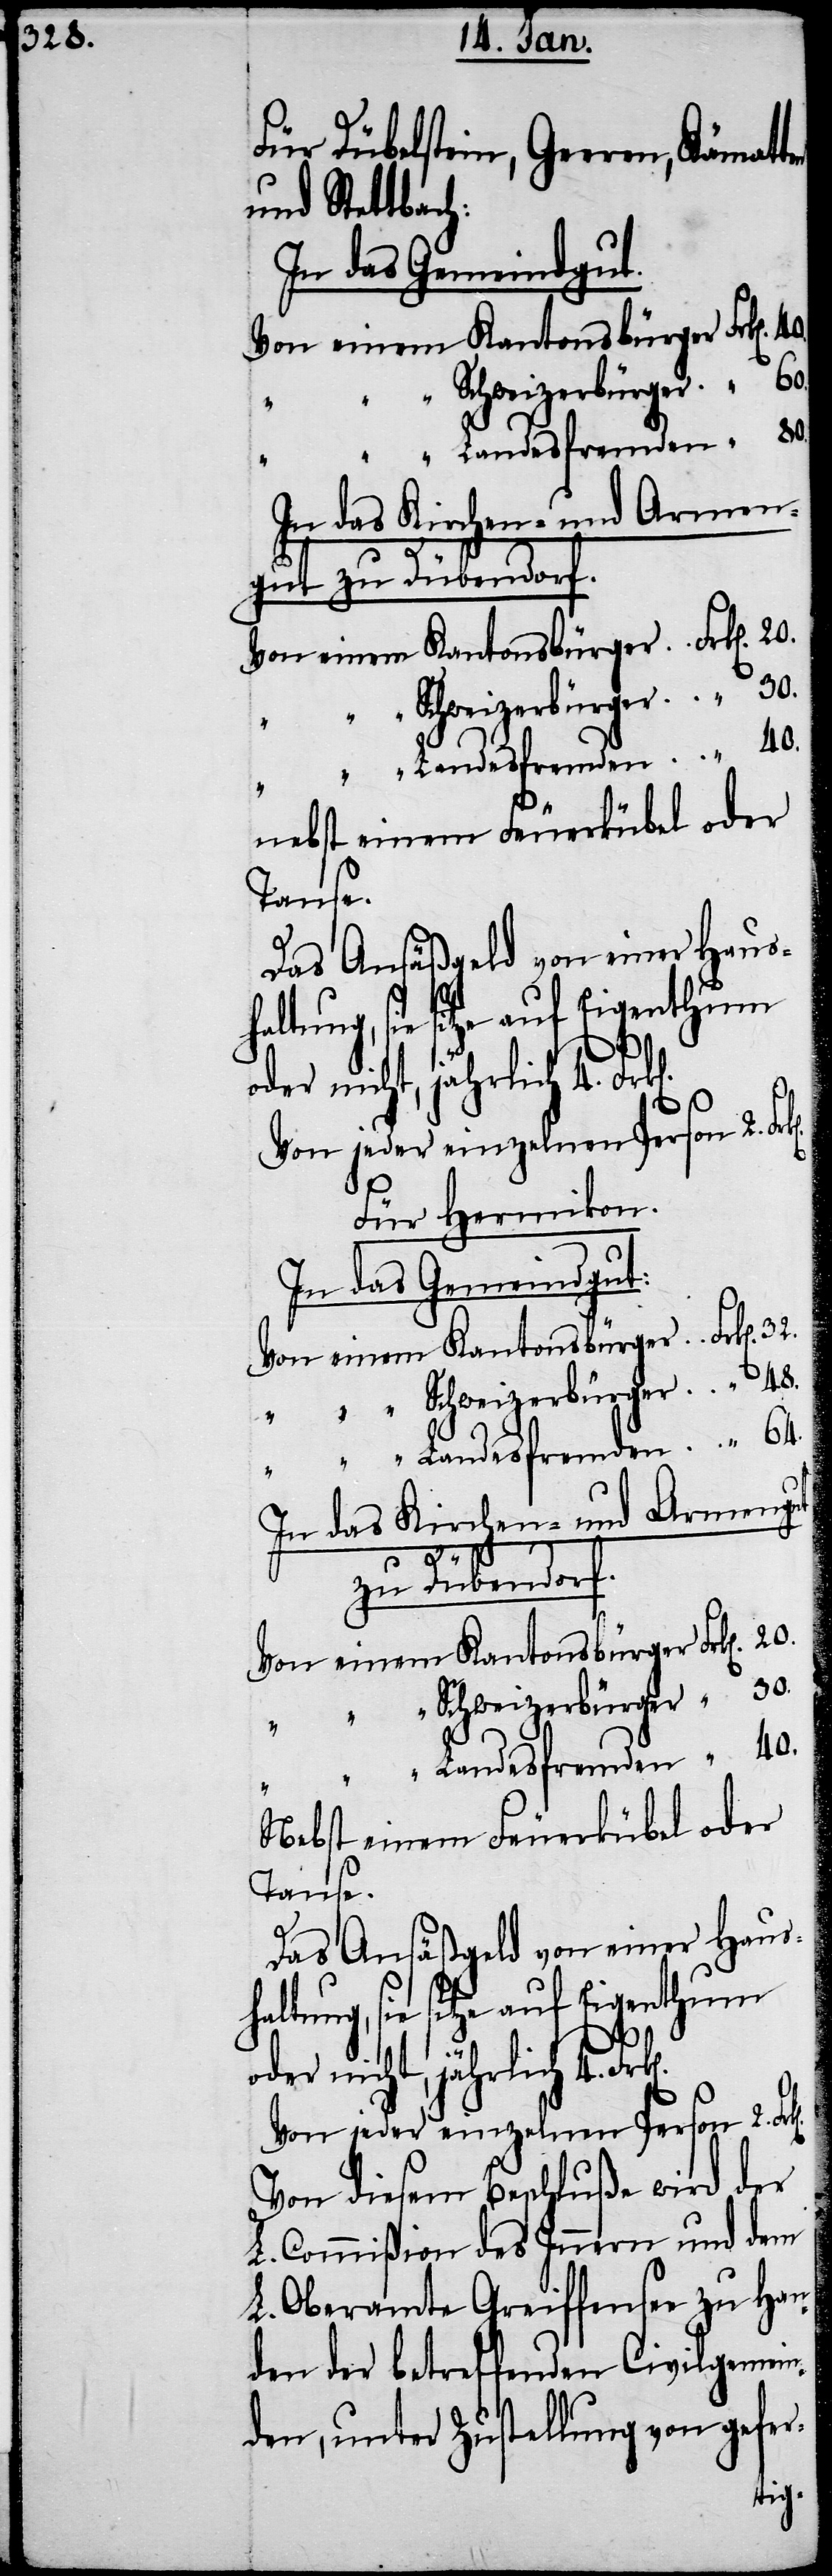
Für Dübelstein, Geeren, Kämmat¬
und Stettbach:
In das Gemeindgut:
In das Kirchen- und Armen¬
gut zu Dübendorf.
32.
nebst einem Feuerkübel oder
Tanse.
Das Ansäßgeld von einer Haus¬
Für Hermikon.
40.
30.
Nebst einem Feuerkübel oder
Tanse.
Das Ansäßgeld von einer Haus¬
haltung, sie sitze auf Eigenthum
k[en].
oder nicht, jährlich 4.
Von jeder einzelnen Person 2. Fr¬
Von diesem Beschluße wird der
L. Commißion des Innern und dem
L. Oberamte Greiffensee zu Han¬
den der betreffenden Civilgemein¬
den, unter Zustellung von gefer-
ten